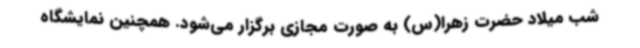
شب میلاد حضرت زهرا(س) به صورت مجازی برگزار می‌شود. همچنین نمایشگاه